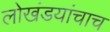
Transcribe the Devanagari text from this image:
लोखंडयांचाच